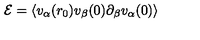
{ \cal E } = \left\langle v _ { \alpha } ( r _ { 0 } ) v _ { \beta } ( 0 ) \partial _ { \beta } v _ { \alpha } ( 0 ) \right\rangle